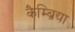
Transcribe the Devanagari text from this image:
कैम्ब्रिया